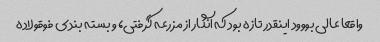
واقعا عالی بووود اینقدر تازه بود که انگار از مزرعه گرفتی، و بسته بندی فوقولاده